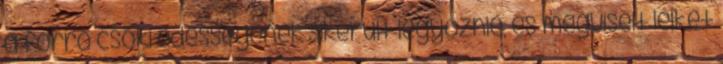
a forró csoki édességének sikerült legyőznie, és megviselt lelkét